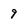
Character: 9